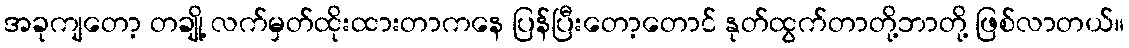
အခုကျတော့ တချို့ လက်မှတ်ထိုးထားတာကနေ ပြန်ပြီးတော့တောင် နုတ်ထွက်တာတို့ဘာတို့ ဖြစ်လာတယ်။